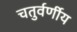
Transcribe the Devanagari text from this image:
चतुर्वर्णीय